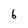
Character: 6